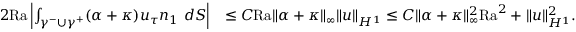
\begin{array} { r l } { 2 \mathrm { { R a } } \left| \int _ { \gamma ^ { - } \cup \gamma ^ { + } } ( \alpha + \kappa ) u _ { \tau } n _ { 1 } \ d S \right| } & { \leq C { \mathrm { R a } } \| \alpha + \kappa \| _ { \infty } \| u \| _ { H ^ { 1 } } \leq C \| \alpha + \kappa \| _ { \infty } ^ { 2 } \mathrm { { R a } } ^ { 2 } + \| u \| _ { H ^ { 1 } } ^ { 2 } . } \end{array}